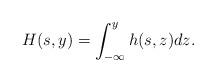
LaTeX: \begin{align*}H(s,y) = \int_{-\infty}^yh(s,z)dz.\end{align*}